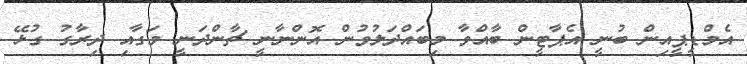
އެމްޑީޕީއިން ބުނީ އެޕާޓީން ބާއްވާ މިބައްދަލުވުން އޮންނާނީ ޗާންދަނީ މަގާއި ދިރާގު ގުޅޭ